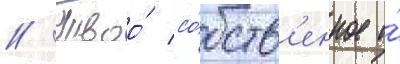
// Твоо́ со́бств'енное и́